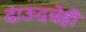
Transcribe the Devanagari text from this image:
दाऊदचेही